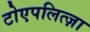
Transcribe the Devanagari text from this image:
टोएपलित्ज़ा